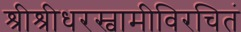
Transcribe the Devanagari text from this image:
श्रीश्रीधरस्वामीविरचितं